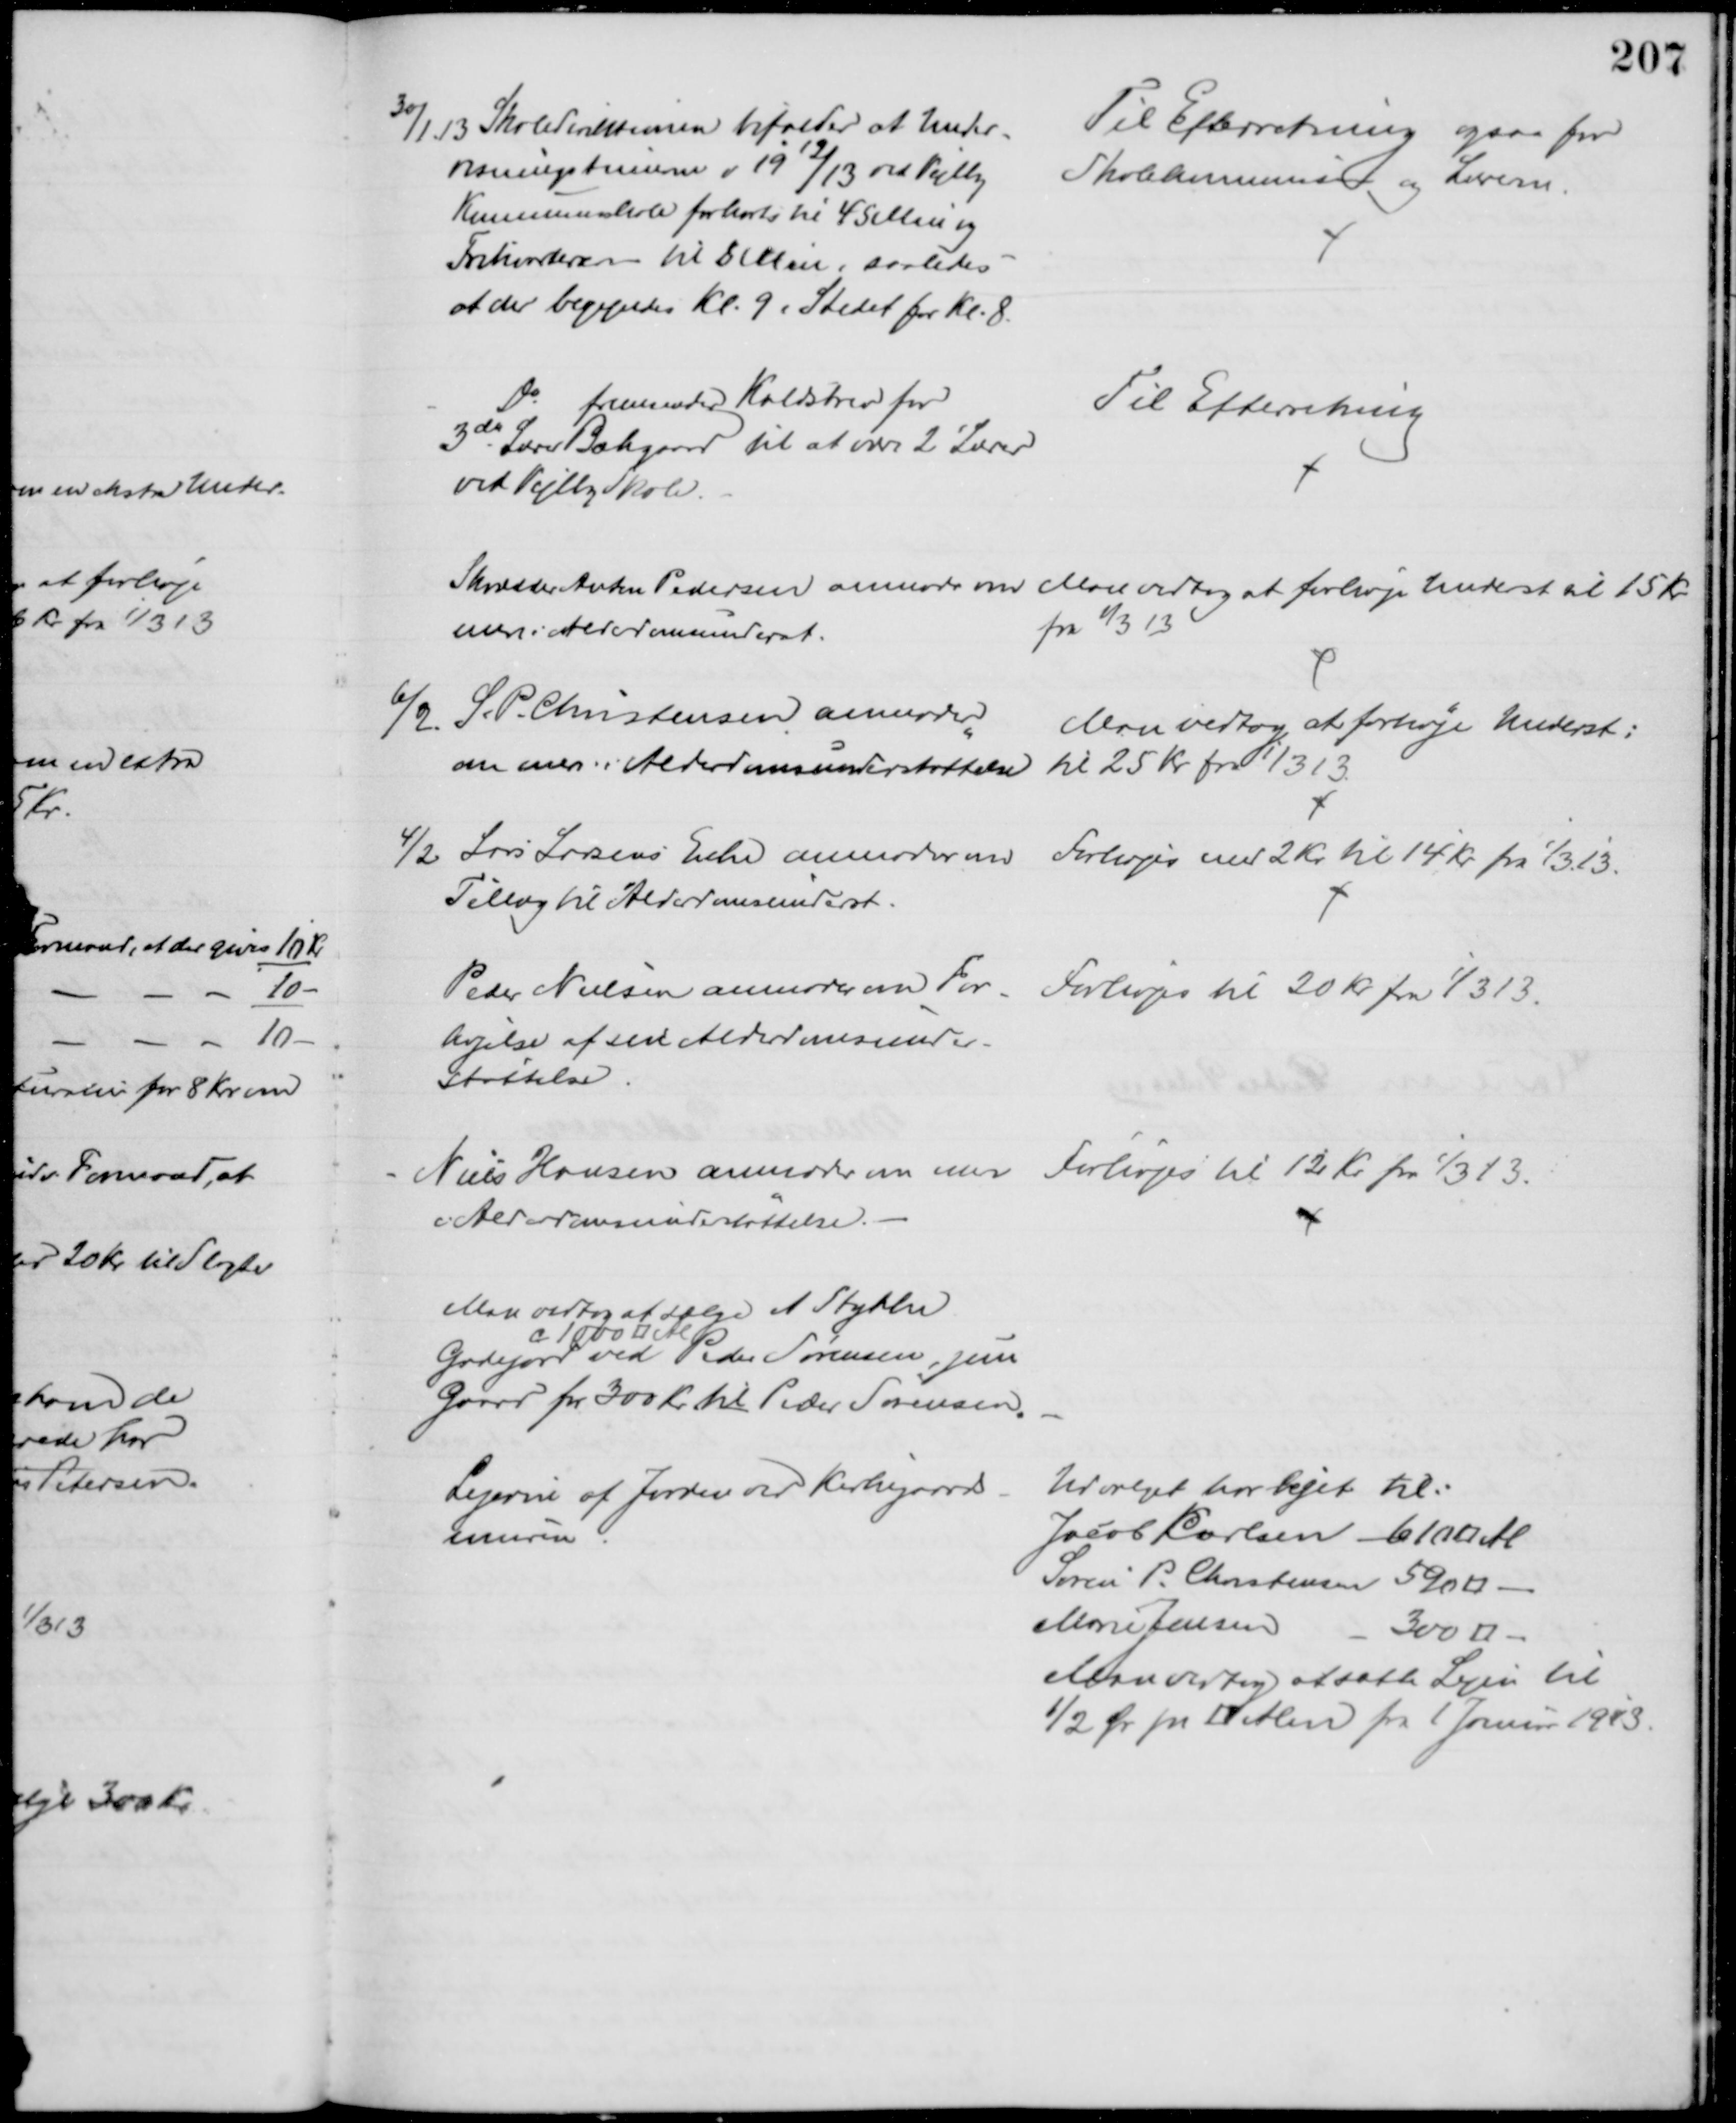
Transskription:
30/1 13 Skoledirektionen bifalder at Under-
visningstimerne i 1912/13 ved Vejlby
Kommuneskole forkorts til 45 Min og
Frikvarterer til 8 Min, saaledes
at der begyndes Kl. 9 i Stedet for Kl. 8.
Til Efterretning ogsaa for
Skolekommision og Lærerne.
Do fremsender Kaldsbrev for
3die Lærer Bækgaard til at være 2' Lærer
ved Vejlby Skole.
Til Efterretning
Skrædder Anton Pedersen anmoder om 
mere i Alderdomsunderst.
Man vedtog at forhøje Underst til 15 Kr
fra 1/3 13
6/2. S. P. Christensen anmoder
om mere i Alderdomsunderstøttelse
Man vedtog at forhøje Underst:
til 25 Kr fra 1/3 13.
4/2 Lars Larsens Enke anmoder om
Tillæg til Alderdomsunderst.
Forhøjes med 2 Kr til 14 Kr fra 1/3. 13.
Peder Nielsen anmoder om For-
højelse af sin Alderdomsunder-
støttelse.
Forhøjes til 20 Kr fra 1/3 13.
Niels Hansen anmoder om mere
i Alderdomsundestøttelse.
Forhøjes til 12 Kr fra 1/3 13.
Man vedtog at sælge et Stykke
c 1000 □ Al
Gadejord ved Peder Sørensen, jun
Gaard for 300 Kr til Peder Sørensen.
Lejerne af Jorden ved Kirkegaards-
muren
Udvalget har lejet til:
Jacob KCarlsen 610 □ Al
Søren P. Christensen 590 □
Marie Jensen
300 □
Man vedtog at sætte Lejen til 
1/2 Ør pr. □ Alen fra 1 Januar 1913.